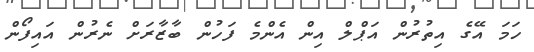
ހަމަ އޭގެ އިތުރުން އަޕްލް އިން އެންމެ ފަހުން ބާޒާރަށް ނެރުން އައިފޯން